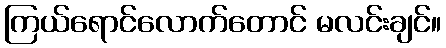
ကြယ်ရောင်လောက်တောင် မလင်းချင်။